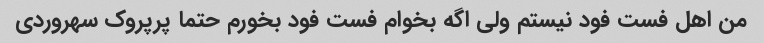
من اهل فست فود نیستم ولی اگه بخوام فست فود بخورم حتما پرپروک سهروردی